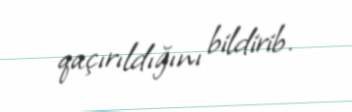
qaçırıldığını bildirib.